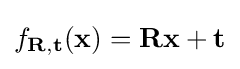
f_{\mathbf {R} ,\mathbf {t} }(\mathbf {x} )=\mathbf {R} \mathbf {x} +\mathbf {t}